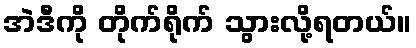
အဲဒီကို တိုက်ရိုက် သွားလို့ရတယ်။